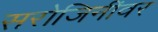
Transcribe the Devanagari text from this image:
सरोजिनींवर